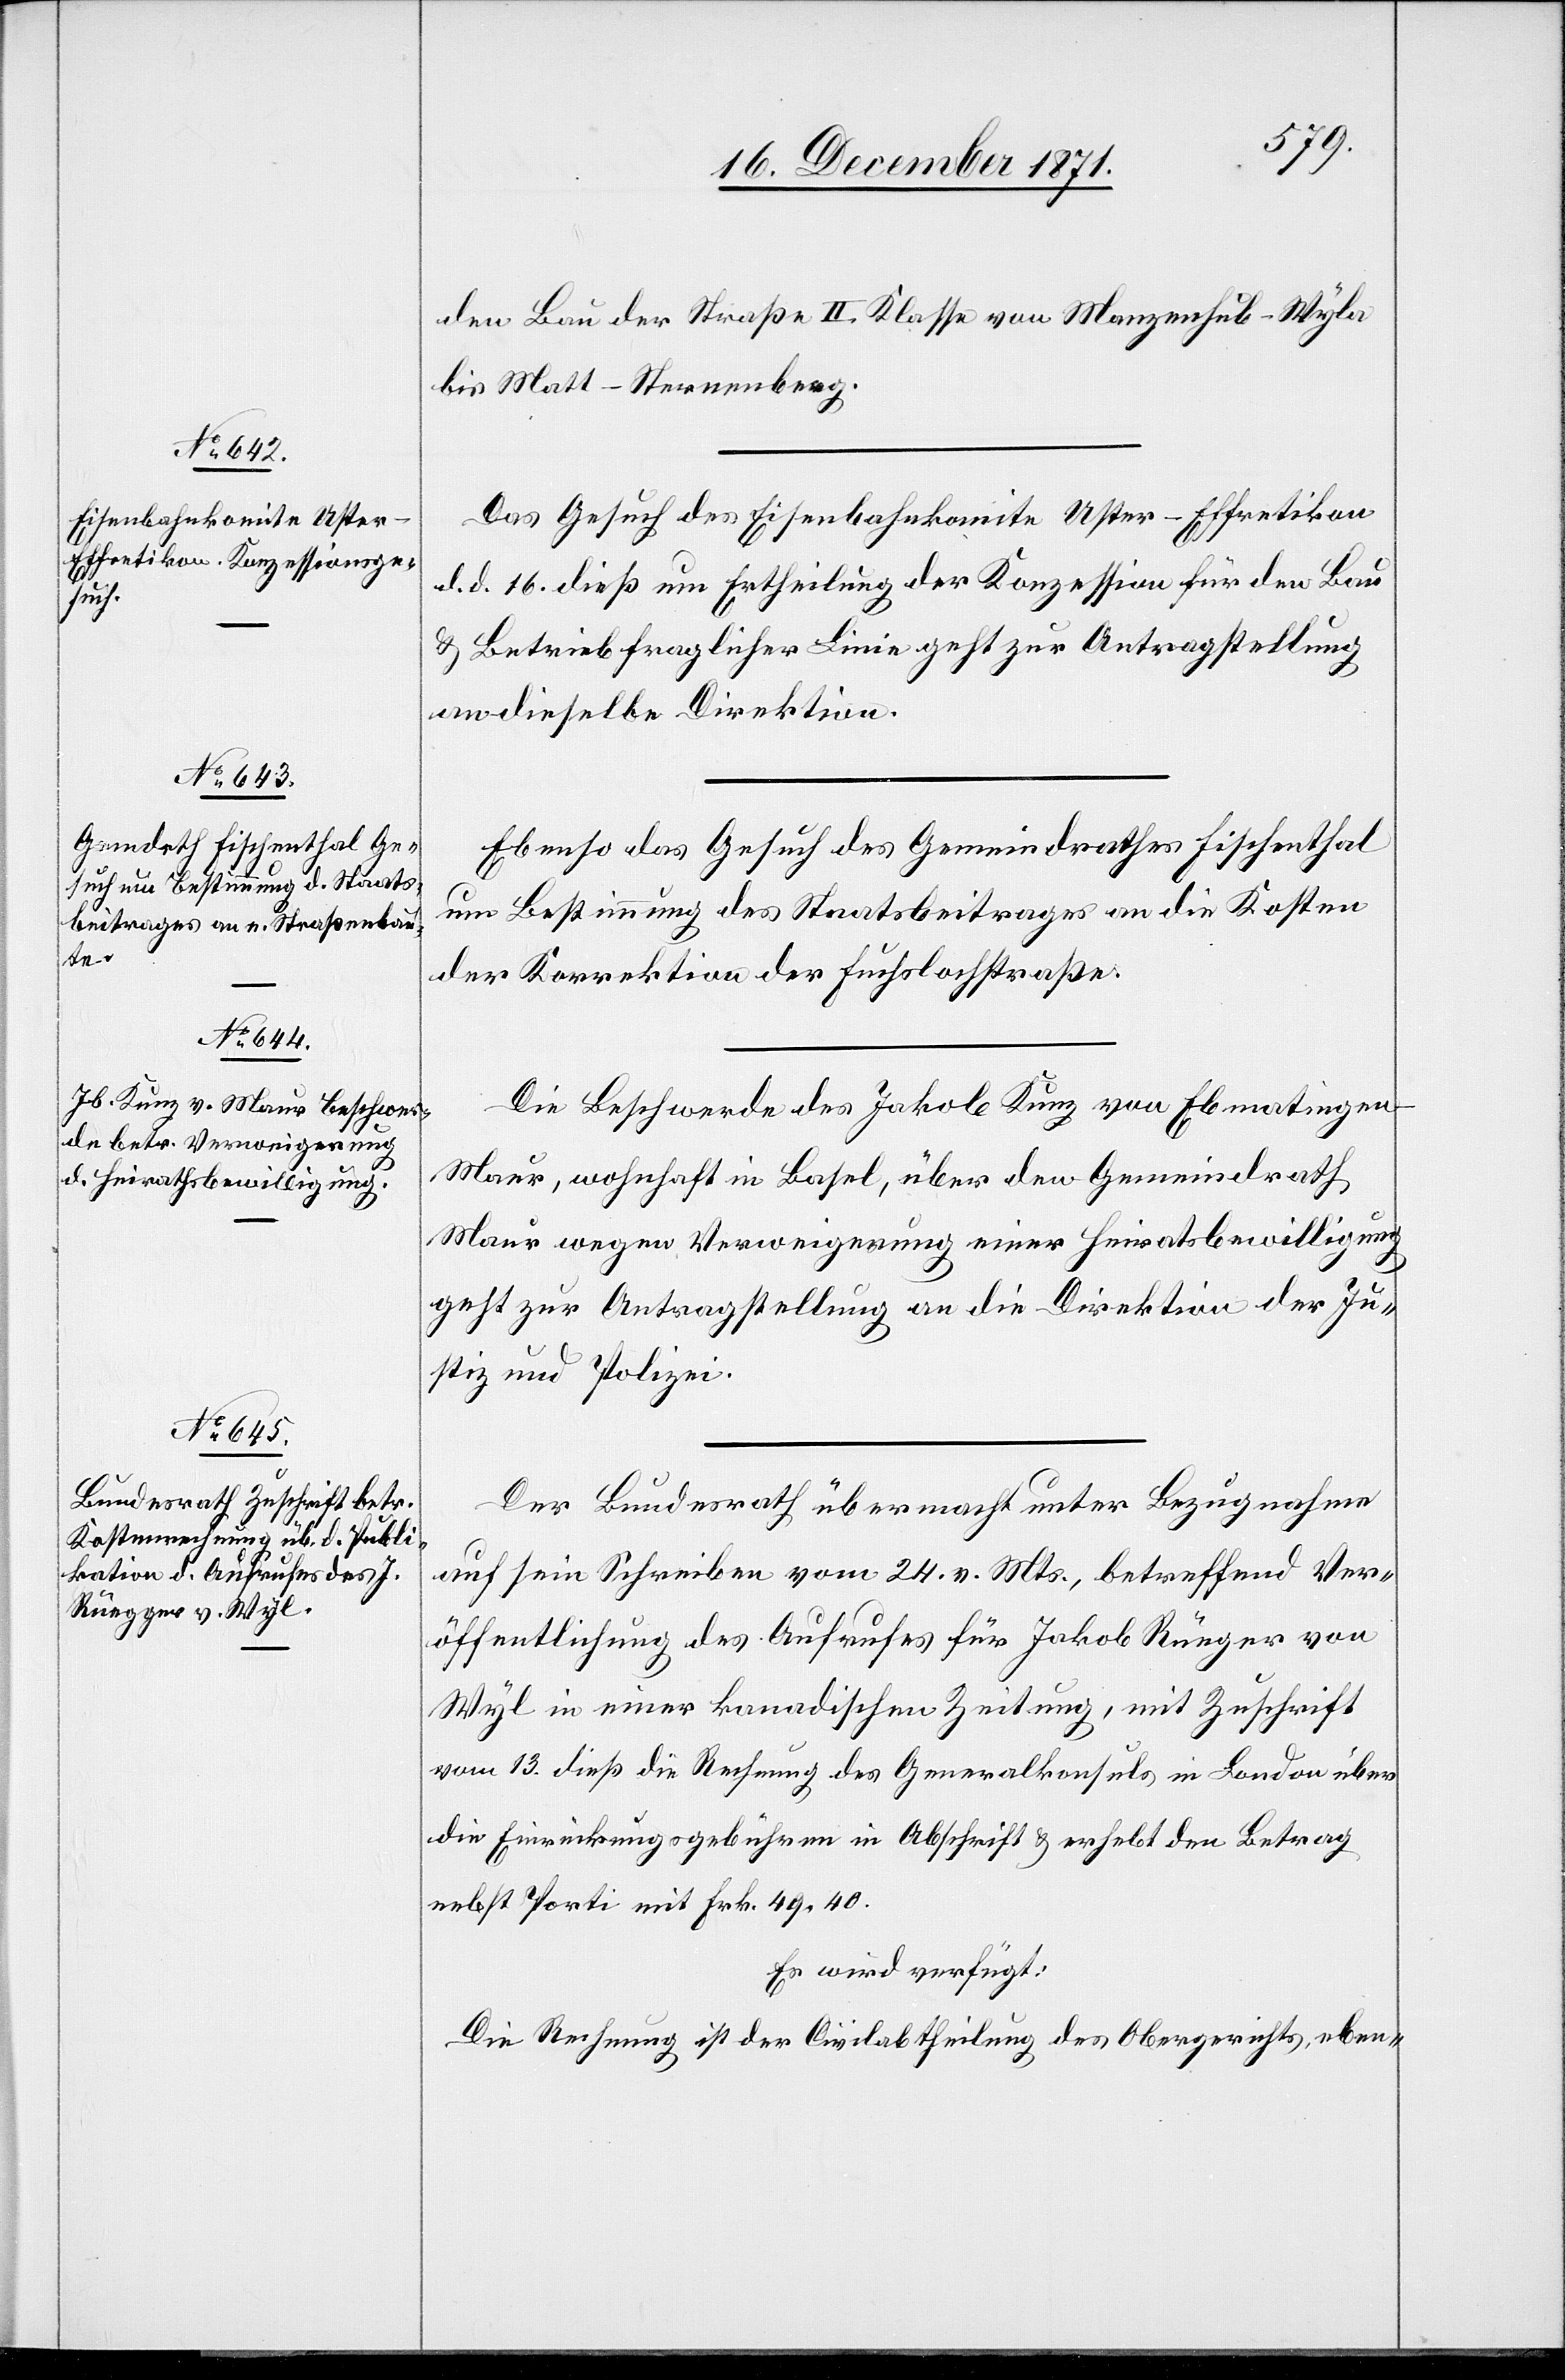
18. December 1871.]
den Bau der Straße II. Klasse von Manzenhub-Wyla
bis Matt-Sternenberg.
Das Gesuch des Eisenbahnkomite Uster-Effretikon
d. d. 16. dieß um Ertheilung der Konzession für den Bau
& Betrieb fraglicher Linie geht zur Antragstellung
an dieselbe Direktion.
Ebenso das Gesuch des Gemeindrathes Fischenthal
um Bestimmung des Staatsbeitrages an die Kosten
der Korrektion der Fuchslochstraße.
Die Beschwerde des Jakob Kunz von Ebmatingen
Maur, wohnhaft in Basel, über den Gemeindrath
Maur wegen Verweigerung einer Heiratsbewilligung
geht zur Antragstellung an die Direktion der Ju¬
stiz und Polizei.
Der Bundesrath übermacht unter Bezugnahme
auf sein Schreiben vom 24. v. Mts, betreffend Ver¬
öffentlichung des Aufrufes für Jakob Rüeger von
Wyl in einer kanadischen Zeitung, mit Zuschrift
vom 13. dieß die Rechnung des Generalkonsuls in London über
die Einrückungsgebühren in Abschrift & erhebt den Betrag
nebst Porti mit Frk. 49.40.
Es wird verfügt:
Die Rechnung ist der Civilabtheilung des Obergerichts, eben-